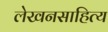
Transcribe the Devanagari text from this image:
लेखनसाहित्य